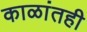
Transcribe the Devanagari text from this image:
काळांतही